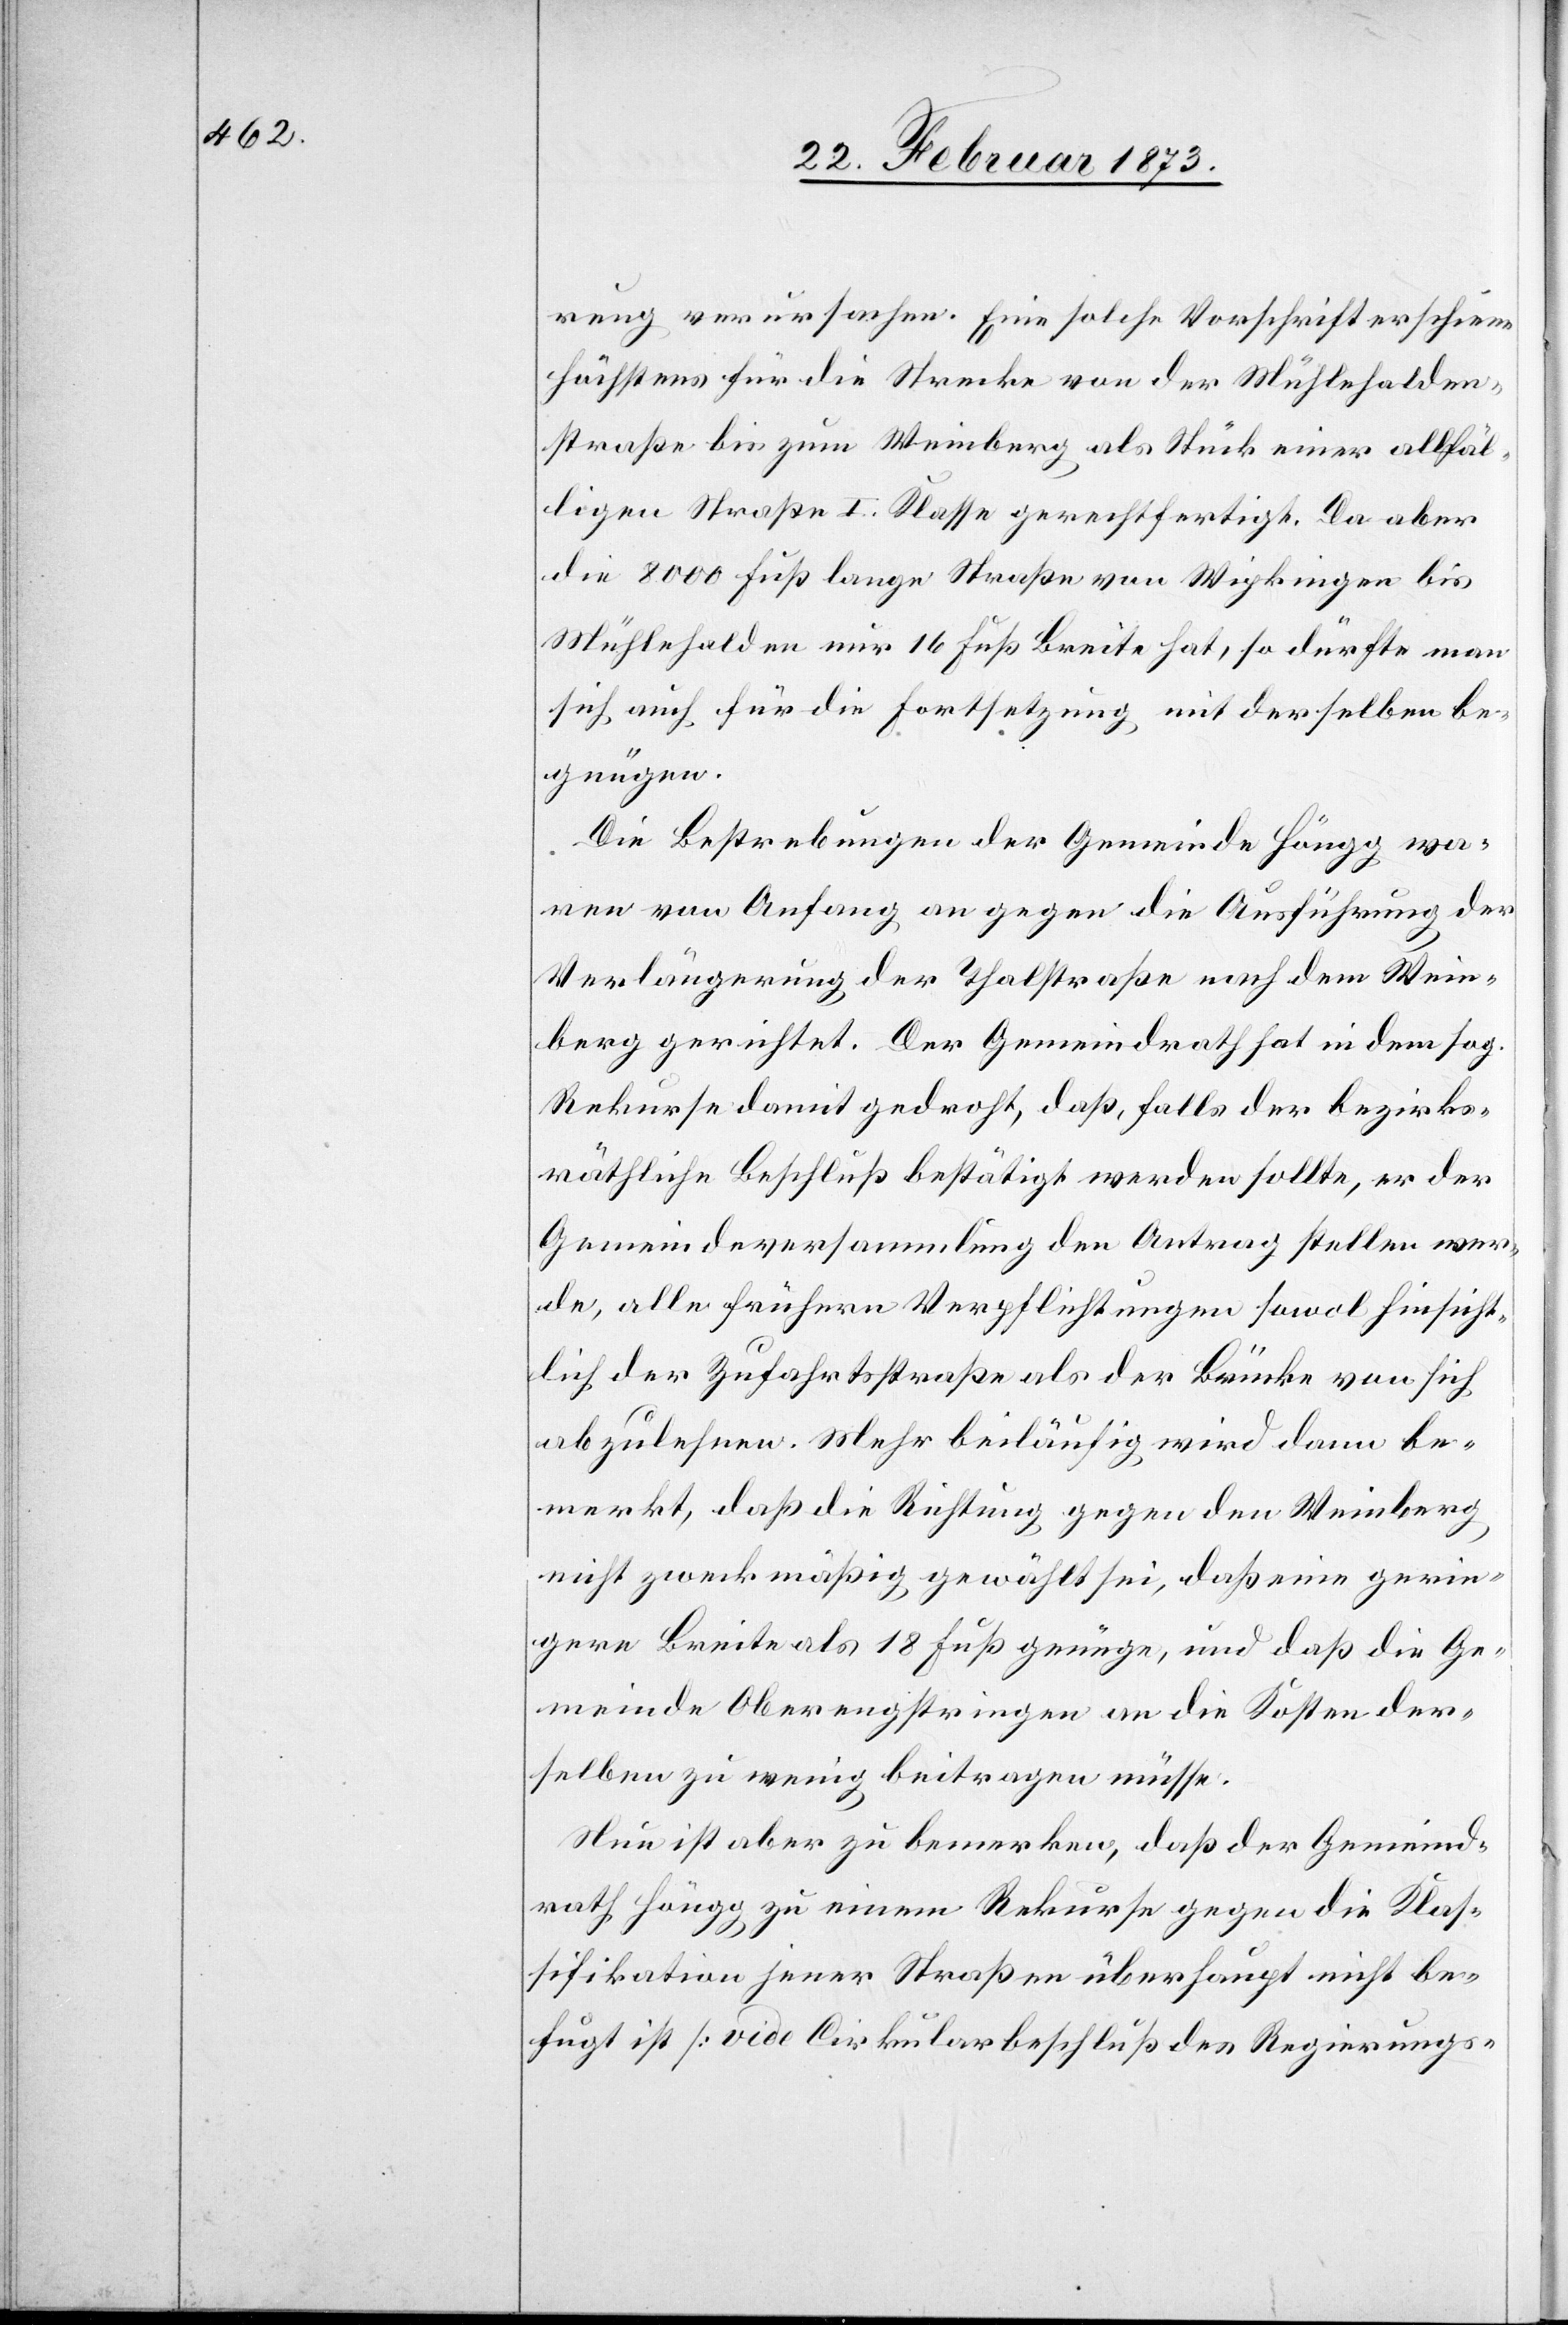
rung verursachen. Eine solche Vorschrift erschiene
höchstens für die Strecke von der Mühlehalden¬
straße bis zum Weinberg als Stück einer allfäl¬
ligen Straße I. Klasse gerechtfertigt. Da aber
die 8000 Fuß lange Straße von Wipkingen bis
Mühlehalden nur 16 Fuß Breite hat, so dürfte man
sich auch für die Fortsetzung mit derselben be¬
gnügen.
Die Bestrebungen der Gemeinde Höngg wa¬
ren von Anfang an gegen die Ausführung der
Verlängerung der Thalstraße nach dem Wein¬
berg gerichtet. Der Gemeindrath hat in dem sog.
Rekurse damit gedroht, daß, falls der bezirks¬
räthliche Beschluß bestätigt werden sollte, er der
Gemeindeversammlung den Antrag stellen wer¬
de, alle frühern Verpflichtungen sowol hinsicht¬
lich der Zufahrtsstraße als der Brücke von sich
abzulehnen. Mehr beiläufig wird dann be¬
merkt, daß die Richtung gegen den Weinberg
nicht zweckmäßig gewählt sei, daß eine gerin¬
gere Breite als 18 Fuß genüge, und daß die Ge¬
meinde Oberengstringen an die Kosten der¬
selben zu wenig beitragen müsse.
Nun ist aber zu bemerken, daß der Gemeind¬
rath Höngg zu einem Rekurse gegen die Klas¬
sifikation jener Straßen überhaupt nicht be¬
fugt ist [vide Cirkularbeschluß des Regierungs-